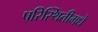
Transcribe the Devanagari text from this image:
परिस्थितीमधे